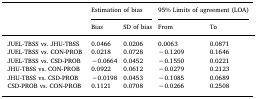
<table><thead><tr><td rowspan="2"></td><td colspan="2"><b>Estimation of bias</b></td><td colspan="2"><b>95% Limits of agreement (LOA)</b></td></tr><tr><td><b>Bias</b></td><td><b>SD of bias</b></td><td><b>From</b></td><td><b>To</b></td></tr></thead><tbody><tr><td>JUEL-TBSS vs. JHU-TBSS</td><td>0.0466</td><td>0.0206</td><td>0.0063</td><td>0.0871</td></tr><tr><td>JUEL-TBSS vs. CON-PROB</td><td>0.0218</td><td>0.0728</td><td>−0.1209</td><td>0.1646</td></tr><tr><td>JUEL-TBSS vs. CSD-PROB</td><td>−0.0664</td><td>0.0452</td><td>−0.1550</td><td>0.0221</td></tr><tr><td>JHU-TBSS vs. CON-PROB</td><td>0.0922</td><td>0.0612</td><td>−0.0279</td><td>0.2123</td></tr><tr><td>JHU-TBSS vs. CSD-PROB</td><td>−0.0198</td><td>0.0453</td><td>−0.1085</td><td>0.0689</td></tr><tr><td>CSD-PROB vs. CON-PROB</td><td>0.1121</td><td>0.0708</td><td>−0.0266</td><td>0.2508</td></tr></tbody></table>